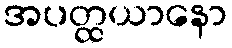
အပတ္ထယာနော